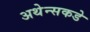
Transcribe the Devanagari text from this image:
अथेन्सकडे